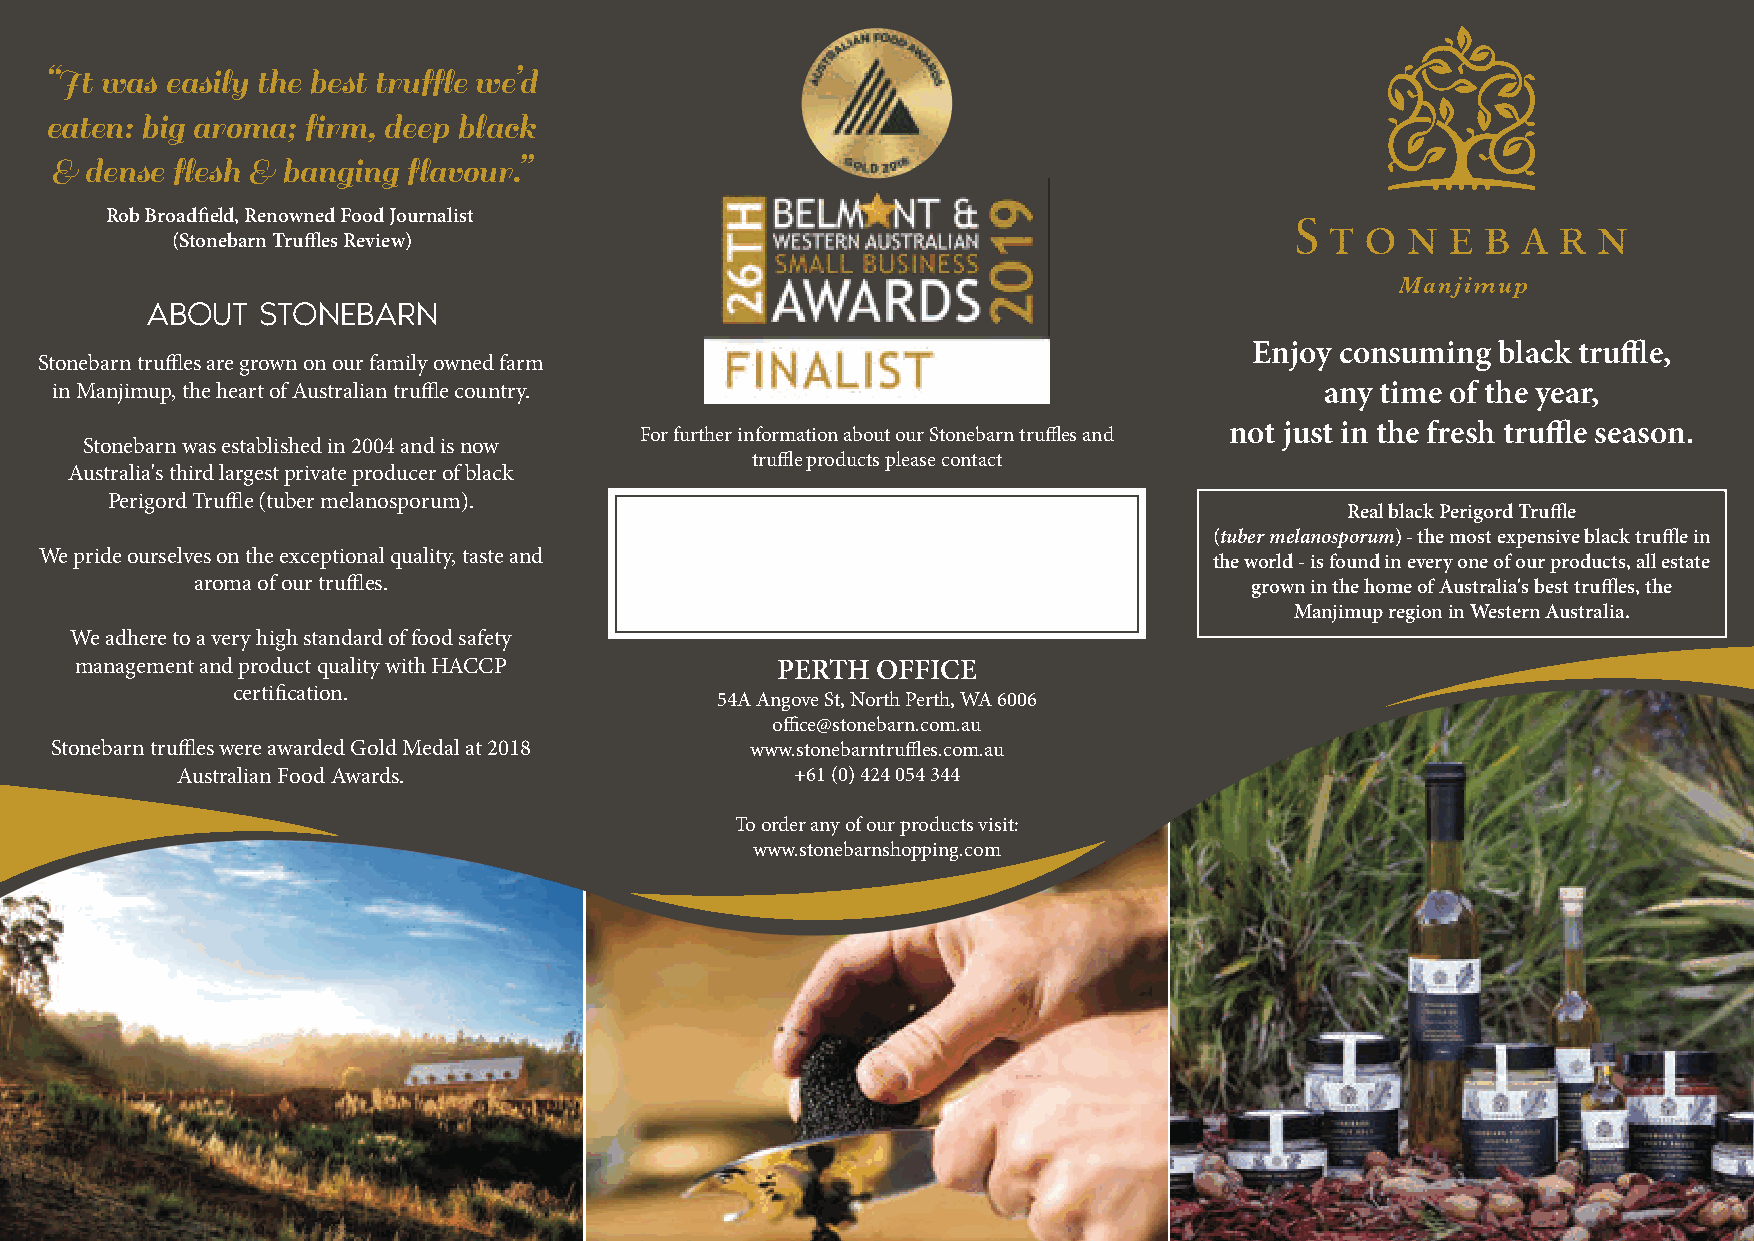
“It was easily the best truffle we’d
 eaten: big aroma; firm, deep black
 &  dense flesh & banging flavour.”
 Rob Broadfield, Renowned Food Journalist
 (Stonebarn Truffles Review)
 ABOUT  STONEBARN
 Enjoy consuming black truffle,
 Stonebarn truffles are grown on our family owned farm
 in Manjimup, the heart of Australian truffle country.                                any time of the year,
 For further information about our Stonebarn truffles and not just in the fresh truffle season.
 Stonebarn was established in 2004 and is now
 truffle products please contact
 Australia's third largest private producer of black
 Perigord Truffle (tuber melanosporum).
 Real black Perigord Truffle
 (tuber melanosporum) - the most expensive black truffle in
 We pride ourselves on the exceptional quality, taste and
 the world - is found in every one of our products, all estate
 aroma of our truffles.                                                grown in the home of Australia's best truffles, the
 Manjimup region in Western Australia.
 We adhere to a very high standard of food safety
 management and product quality with HACCP     PERTH  OFFICE
 certification.
 54A Angove St, North Perth, WA 6006
 office@stonebarn.com.au
 Stonebarn truffles were awarded Gold Medal at 2018 www.stonebarntruffles.com.au
 Australian Food Awards.                  +61 (0) 424 054 344
 To order any of our products visit:
 www.stonebarnshopping.com